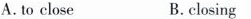
A. to close B.closing